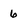
Character: 6